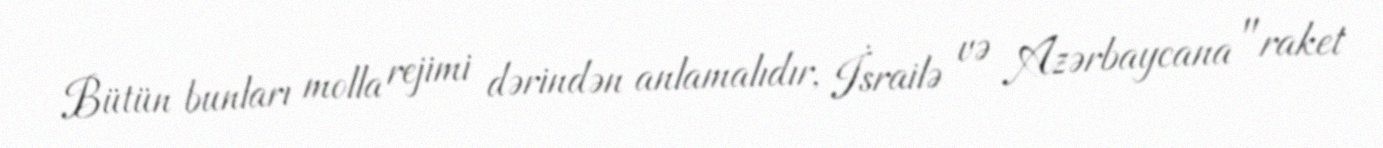
Bütün bunları molla rejimi dərindən anlamalıdır, İsrailə və Azərbaycana "raket